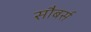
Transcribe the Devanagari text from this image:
सौबर्स